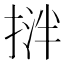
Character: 𢯝